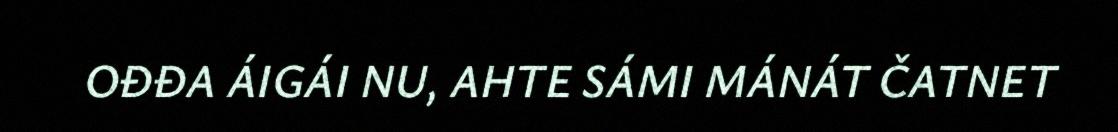
OĐĐA ÁIGÁI NU, AHTE SÁMI MÁNÁT ČATNET